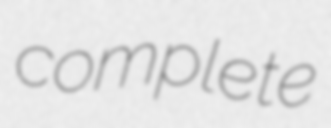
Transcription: complete